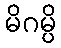
မိဂမ္ပိ